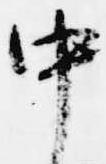
中